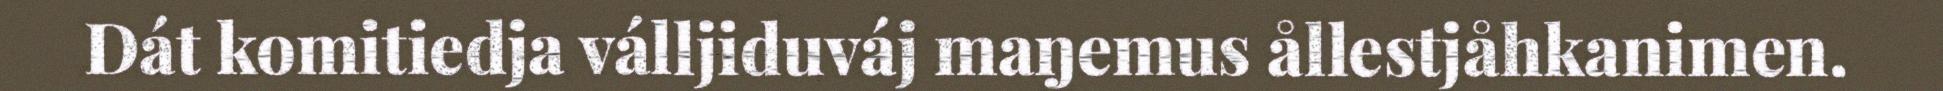
Dát komitiedja válljiduváj maŋemus ållestjåhkanimen.